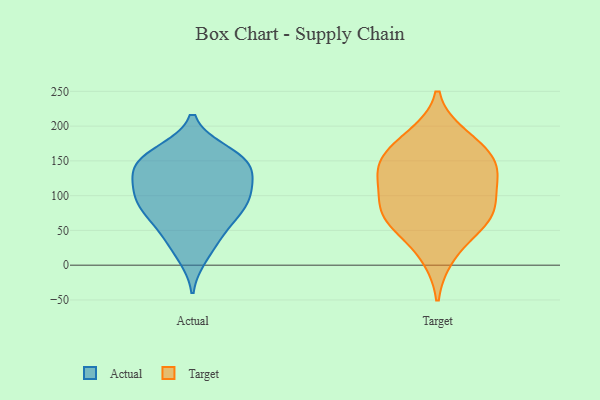
{"axis": {"x": "Budget (USD K)", "y": "Value"}, "legend": ["Actual", "Target"], "data": [{"x": "", "y": 137, "type": "Actual"}, {"x": "", "y": 162, "type": "Actual"}, {"x": "", "y": 89, "type": "Actual"}, {"x": "", "y": 79, "type": "Actual"}, {"x": "", "y": 154, "type": "Actual"}, {"x": "", "y": 64, "type": "Actual"}, {"x": "", "y": 113, "type": "Actual"}, {"x": "", "y": 92, "type": "Actual"}, {"x": "", "y": 95, "type": "Actual"}, {"x": "", "y": 14, "type": "Actual"}, {"x": "", "y": 153, "type": "Actual"}, {"x": "", "y": 105, "type": "Actual"}, {"x": "", "y": 128, "type": "Actual"}, {"x": "", "y": 140, "type": "Actual"}, {"x": "", "y": 155, "type": "Actual"}, {"x": "", "y": 54, "type": "Actual"}, {"x": "", "y": 33, "type": "Actual"}, {"x": "", "y": 173, "type": "Target"}, {"x": "", "y": 133, "type": "Target"}, {"x": "", "y": 142, "type": "Target"}, {"x": "", "y": 84, "type": "Target"}, {"x": "", "y": 185, "type": "Target"}, {"x": "", "y": 83, "type": "Target"}, {"x": "", "y": 133, "type": "Target"}, {"x": "", "y": 56, "type": "Target"}, {"x": "", "y": 65, "type": "Target"}, {"x": "", "y": 120, "type": "Target"}, {"x": "", "y": 73, "type": "Target"}, {"x": "", "y": 160, "type": "Target"}, {"x": "", "y": 14, "type": "Target"}]}